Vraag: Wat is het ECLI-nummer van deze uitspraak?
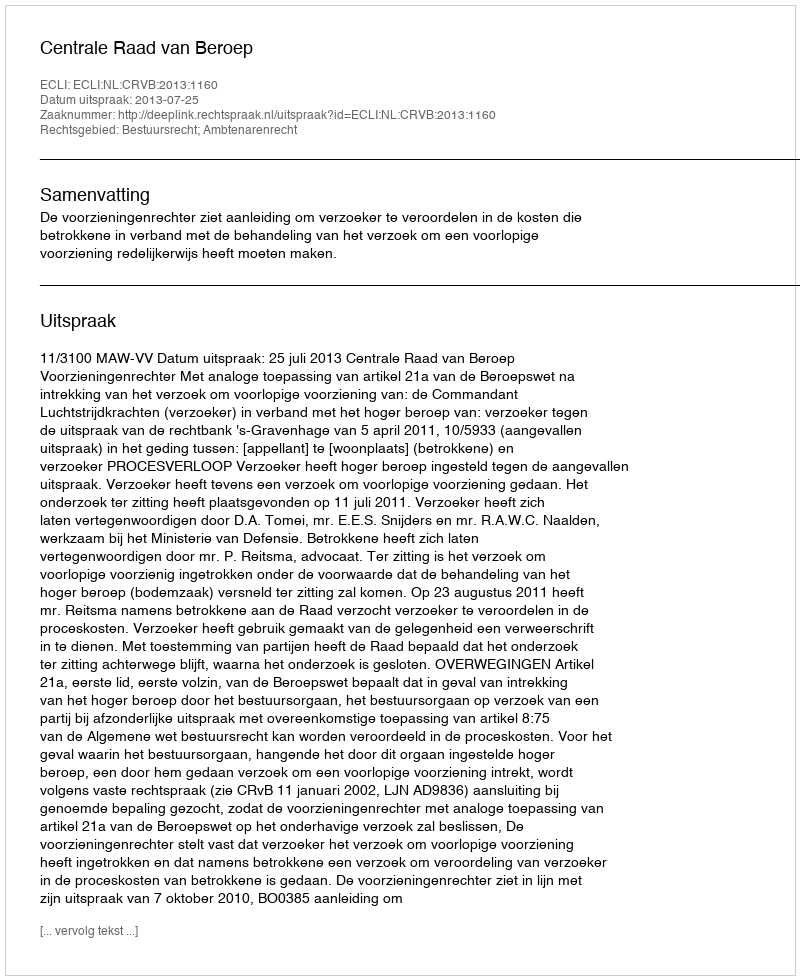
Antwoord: ECLI:NL:CRVB:2013:1160